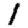
Digit: 1